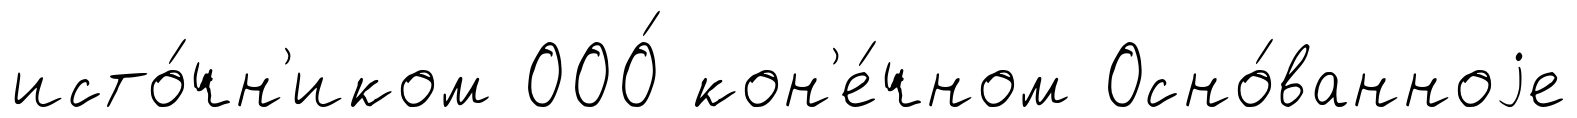
исто́чн'иком ООО́ кон'е́чном Осно́ванноjе